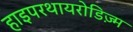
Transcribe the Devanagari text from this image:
हाइपरथायरोडिज़्म